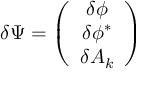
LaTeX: \delta \Psi = \left( \begin{array} { c } { { \delta \phi } } \\ { { \delta \phi ^ { \ast } } } \\ { { \delta A _ { k } } } \end{array} \right)